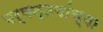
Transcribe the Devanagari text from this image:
पर्यन्तयांच्या